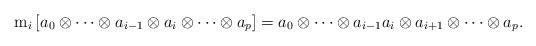
LaTeX: \begin{align*}{\rm m}_i \left[ a_0 \otimes \cdots \otimes a_{i-1}\otimes a_i \otimes \cdots \otimes a_p \right]= a_0 \otimes \cdots \otimes a_{i-1} a_i\otimes a_{i+1} \otimes \cdots \otimes a_p.\end{align*}